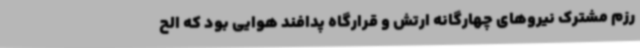
رزم مشترک نیروهای چهارگانه ارتش و قرارگاه پدافند هوایی بود که الح